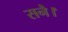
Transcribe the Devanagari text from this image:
सनै।